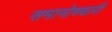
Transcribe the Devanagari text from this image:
समानोच्चारी